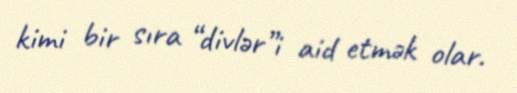
kimi bir sıra “divlər”i aid etmək olar.